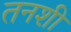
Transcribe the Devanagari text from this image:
तनशी